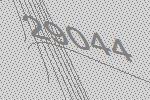
29044